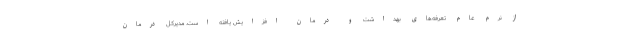
از نرم عام تعرفه‌های بهداشت و درمان افزایش یافته است. مدیرکل درمان